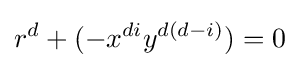
r^{d}+(-x^{di}y^{d(d-i)})=0